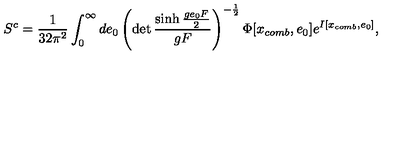
S ^ { c } = \frac { 1 } { 3 2 \pi ^ { 2 } } \int _ { 0 } ^ { \infty } d e _ { 0 } \left( \det \frac { \sinh \frac { g e _ { 0 } F } { 2 } } { g F } \right) ^ { - \frac { 1 } { 2 } } \Phi [ x _ { c o m b } , e _ { 0 } ] e ^ { I [ x _ { c o m b } , e _ { 0 } ] } ,